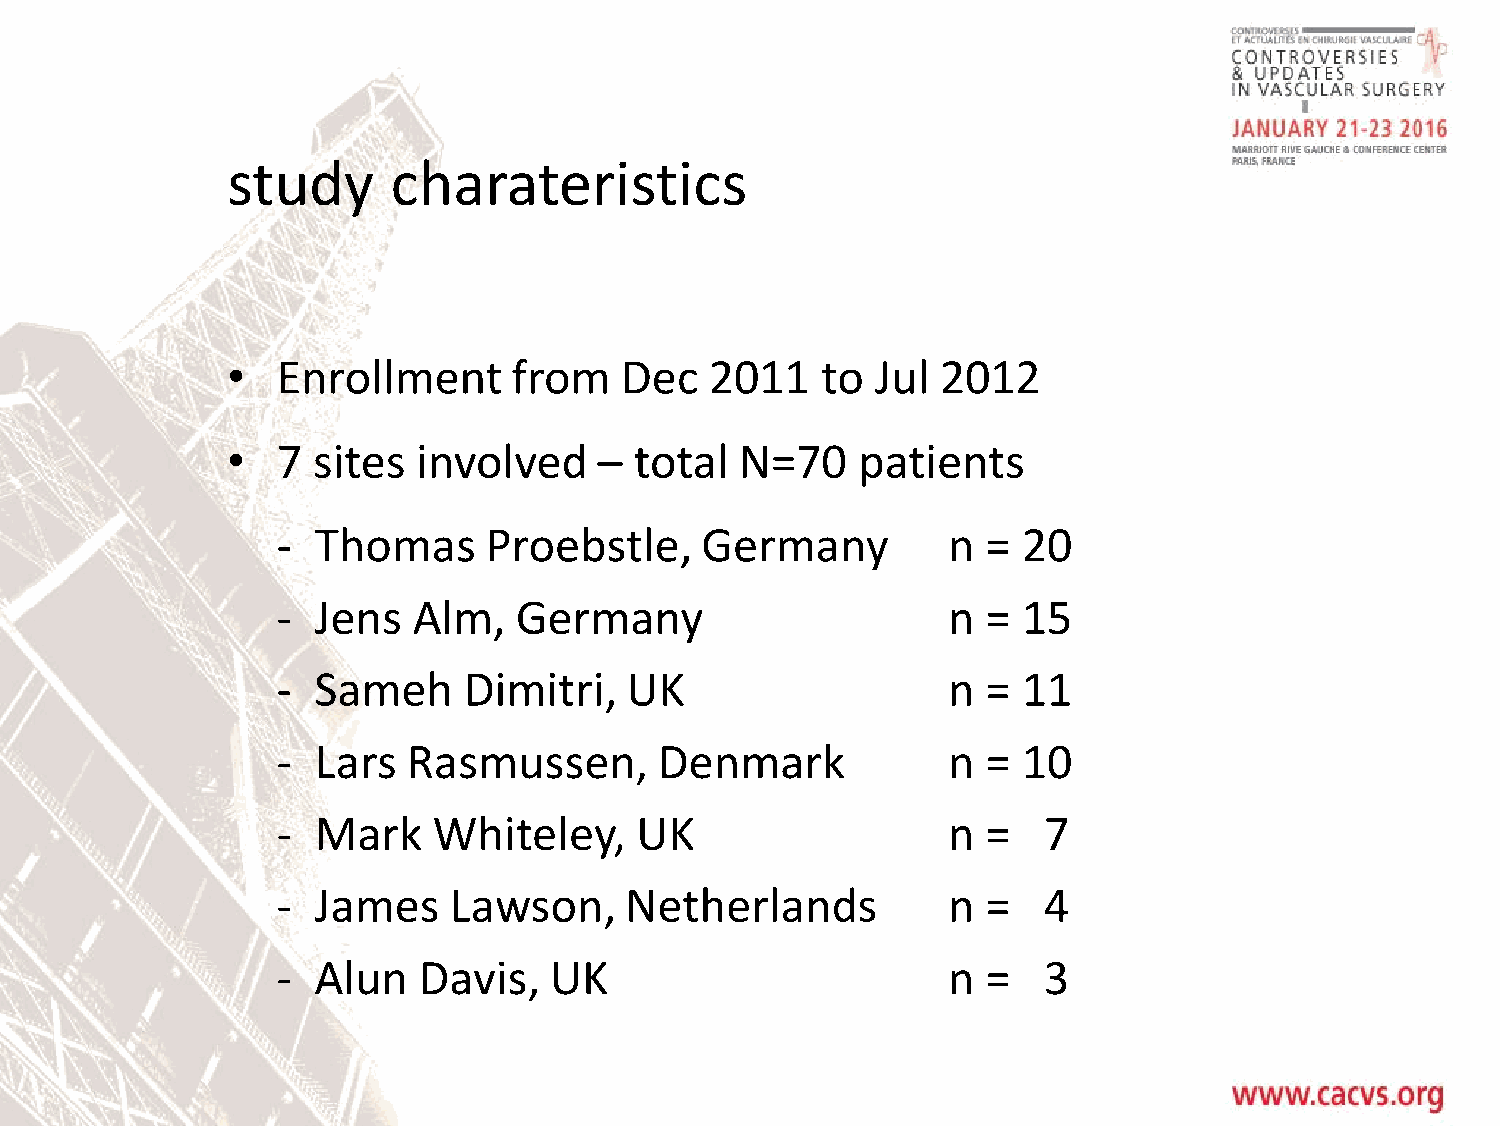
study      charateristics
 •  Enrollment      from   Dec   2011   to  Jul 2012
 •  7  sites  involved    – total  N=70    patients
 -  Thomas     Proebstle,    Germany          n =  20
 -  Jens  Alm,   Germany                      n =  15
 -  Sameh     Dimitri,  UK                    n =  11
 -  Lars  Rasmussen,       Denmark            n =  10
 -  Mark    Whiteley,    UK                   n =   7
 -  James    Lawson,    Netherlands           n =   4
 -  Alun   Davis,  UK                         n =   3